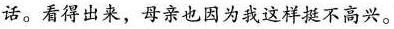
话。看得出来，母亲也因为我这样挺不高兴。